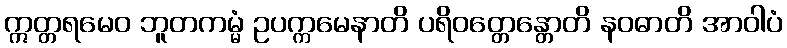
ဣတ္တရမေဝ ဘူတကမ္မံ ဥပက္ကမေနာတိ ပရိဝတ္တေန္တောတိ နဝဓာတိ အာဝါပံ